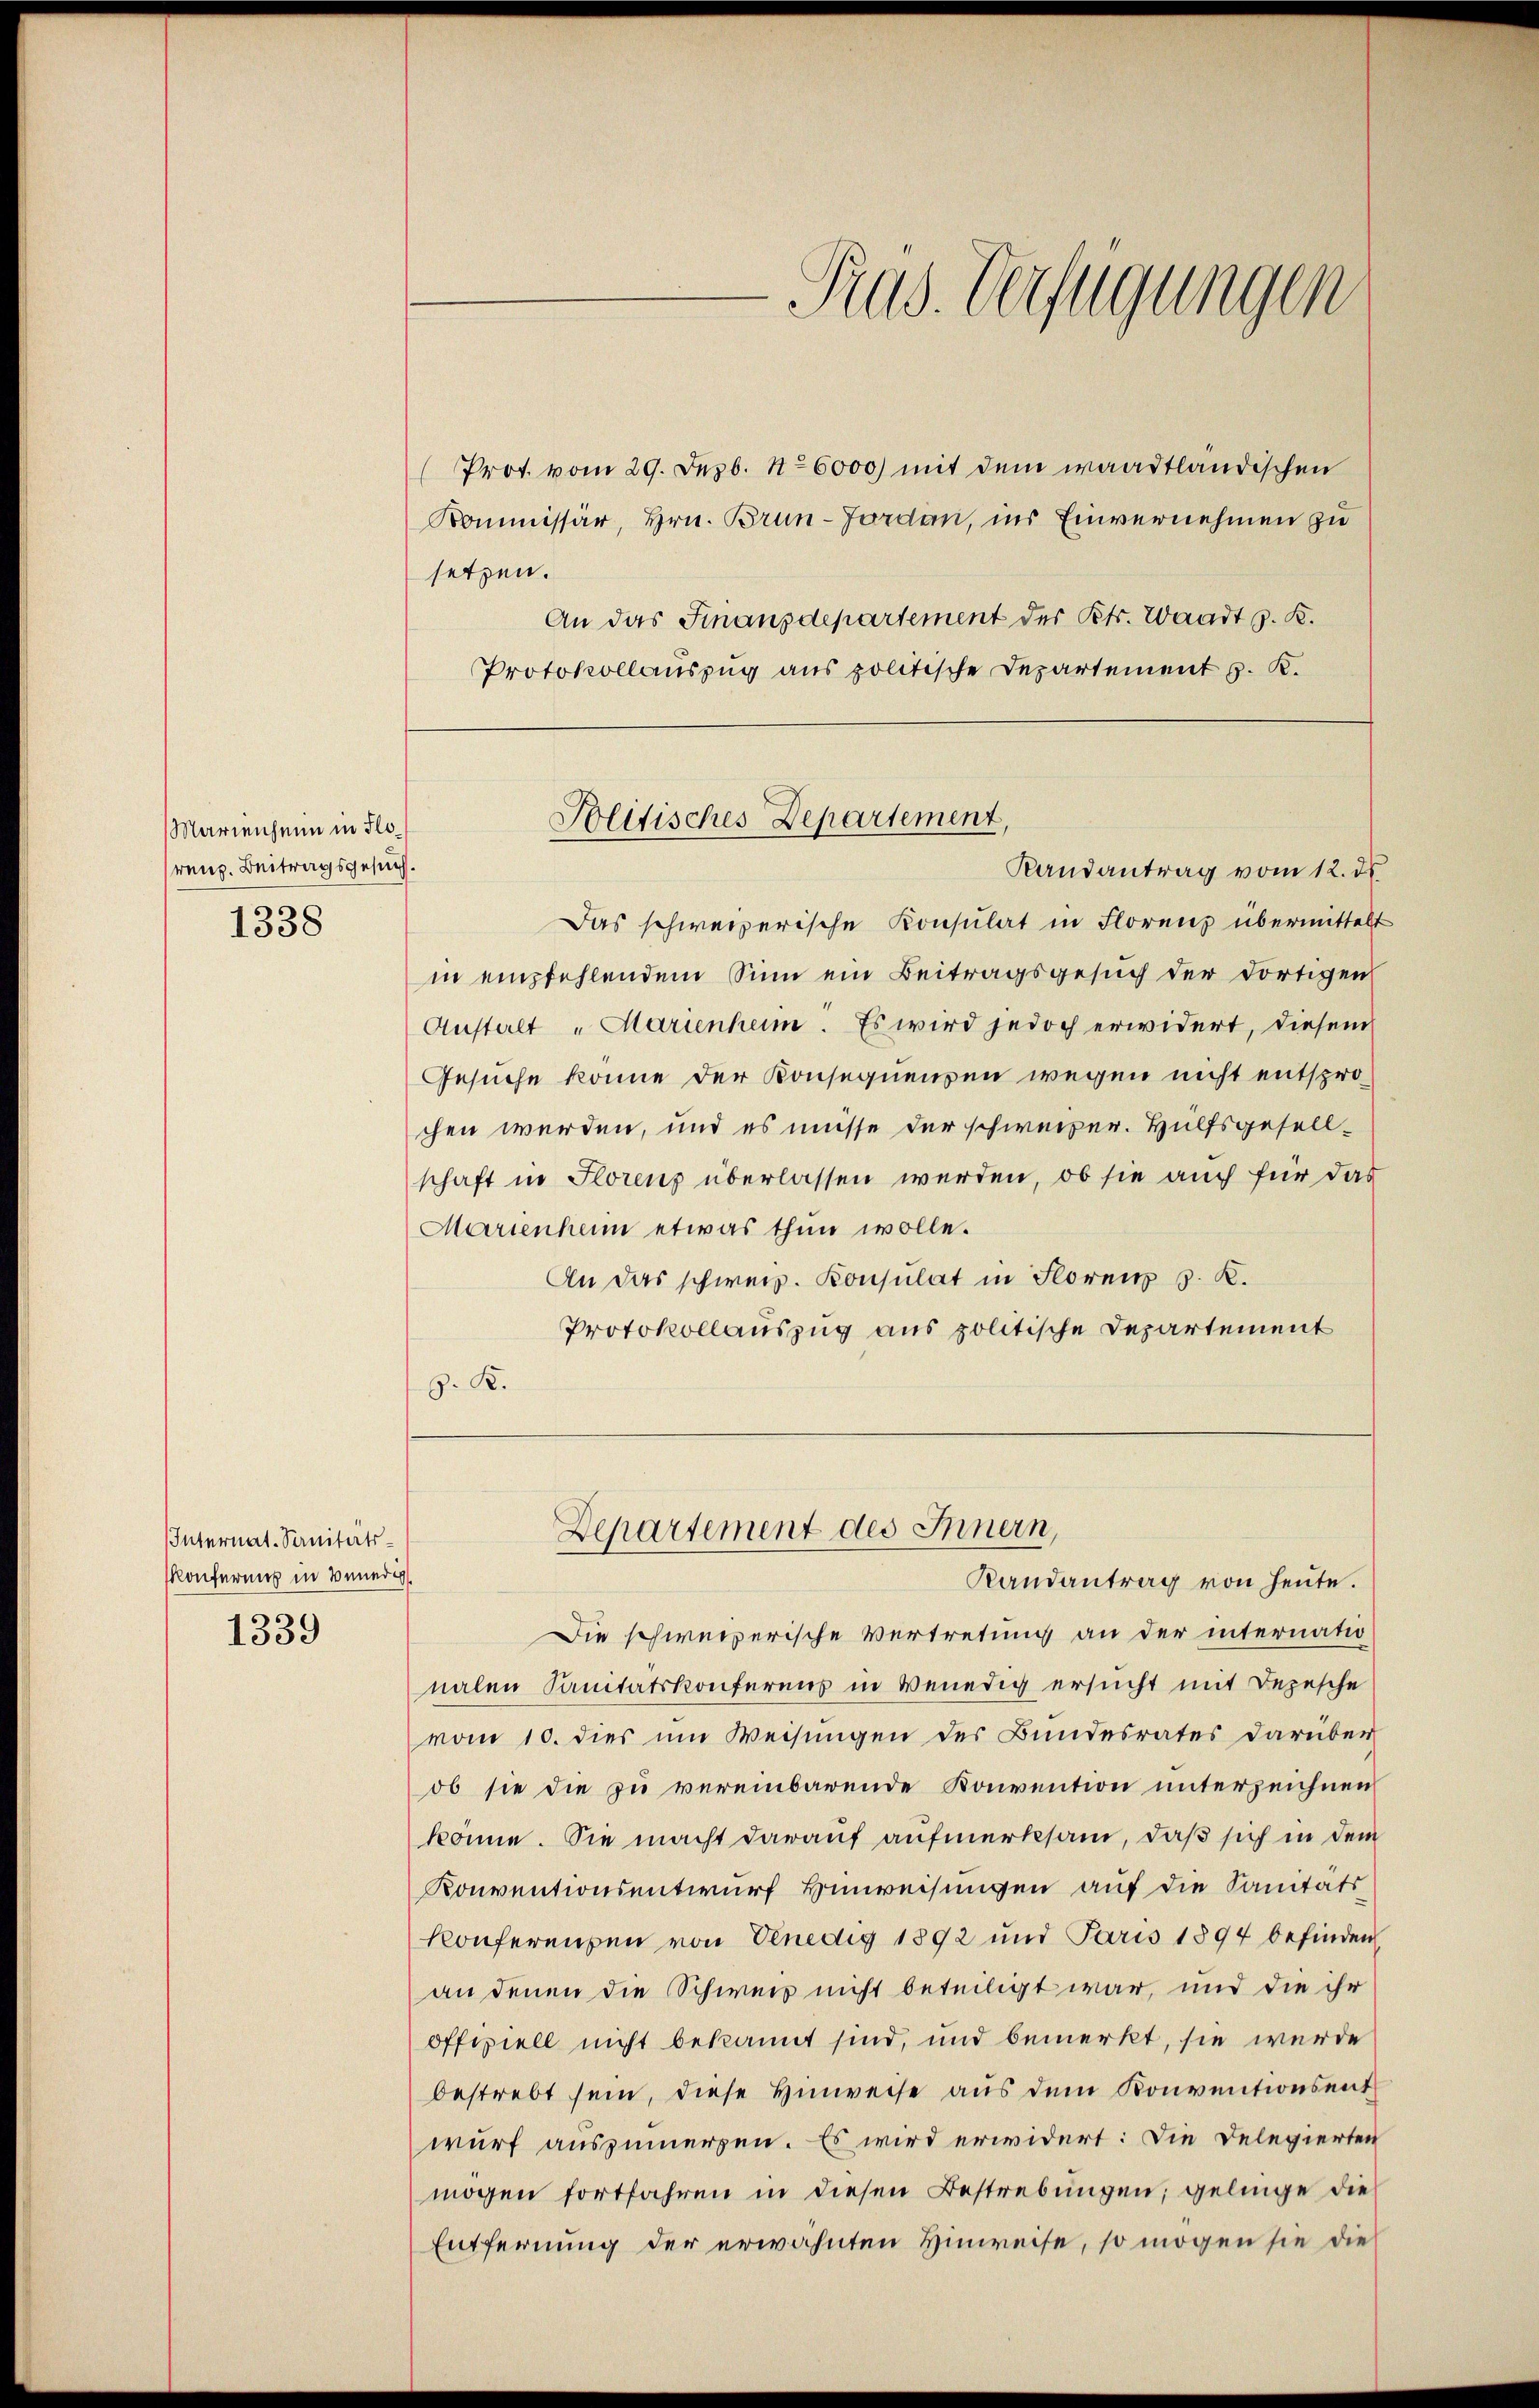
Marienheim in Florenp. Beitragsgesuch.
s
1538

IInternat. Sanitäts
Monferung in Benedig
1339

(Prot. vom 29. Dezb. 126000) mit dem waadtländischen
Kommissär, Hrn. Brun-Jordan, ins Einvernehmen zu
setzen.
An das Finanzdepartement des Kts. Waadt z. B.
Protokollauszug aus politische Departement z. K.

Das schweizerische Konsulat in Florenz übermittelt
in empfehlendem Sinn ein Beitragsgesuch der dortigen
Anstalt „Marienheim. Es wird jedoch erwidert, diesem
Gesuche könne der Konsequenzen wegen nicht entsprochen werden, und es müsse der schweizer. Hülfsgesellschaft in Florenz überlassen werden, ob sie auch für das
Marienham etwas thun wolle.
An das schweiz. Konsulat in Florenz S. K.
Protokollauszug aus politische Departement
9. K.
Randantrag von heute.
Die schweizerische Vertretung an der internatio
nalen Sanitätskonferens in Venedig ersucht mit Depesche
vom 10. dies um Weisungen des Bundesrates darüber
ob sie die zu vereinbarende Konvention unterzeichnen
könne. Sie macht darauf aufmerksam, daß sich in dem
Konventionsentwurf Hinweisungen auf die Sanitäts
konferenten von Venedig 1892 und Paris 1894 befinden,
an denen die Schweiz nicht beteiligt war, und die ihr
offiziell nicht bekannt sind, und bemerkt, sie wurde
bestrebt sein, diese Hinweise aus dem Konventionsentwurf auszumergen. Es wird erwidert: Die Delegierten
mögen fortfahren in diesen Bestrebungen, gelinge die
Entfernung der erwähnten Hinweise, so mögen sie die

Pras. Verfügungen

Politisches Departement,
Randantrag vom 12. ds.

Departement des Innern,